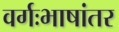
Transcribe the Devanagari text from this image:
वर्गःभाषांतर